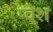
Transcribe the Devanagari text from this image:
प्वेश